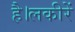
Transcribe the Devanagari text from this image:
है।लकीरें